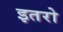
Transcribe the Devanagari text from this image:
इतरो